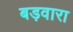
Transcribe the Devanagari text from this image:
बड़वारा